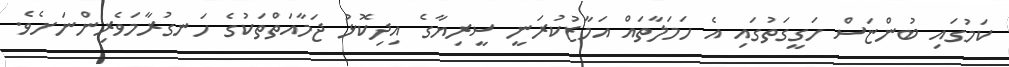
ކަމުގައި ބުންޏަސް ހަގީގަތުގައި އެ ހަމަލާތައް އަމާޒުކުރަނީ ސީރިޔާގެ އިދިކޮޅު ޖަމާއަތްތަކުގެ ހަނގުރާމަވެރިންނަށެވެ.